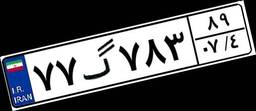
۷۷گ۷۸۳۸۹